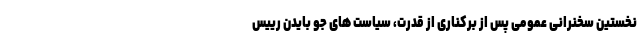
نخستین سخنرانی عمومی پس از برکناری از قدرت، سیاست های جو بایدن رییس